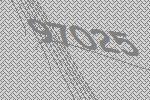
97025